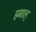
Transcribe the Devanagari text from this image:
हमाल्